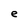
Character: e